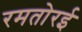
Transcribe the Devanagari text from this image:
रमतोरई